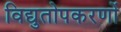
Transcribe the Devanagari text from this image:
विद्युतोपकरणों